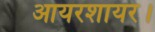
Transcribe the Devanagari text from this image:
आयरशायर।